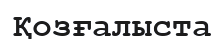
Қозғалыста